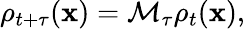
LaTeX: \rho_{t+\tau}(\mathbf{x})=\mathcal{M}_{\tau}\rho_{t}(\mathbf{x}),